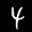
Label: 4